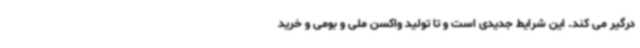
درگیر می کند. این شرایط جدیدی است و تا تولید واکسن ملی و بومی و خرید